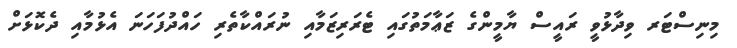
މިނިސްޓަރ ވިދާޅުވީ ރައީސް ޔާމީންގެ ޒަޢާމަތުގައި ޓެރަރިޒަމާއި ނުރައްކާތެރި ހައްދުފަހަނަ އެޅުމާއި ދެކޮޅަށް